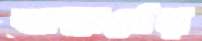
ভাস্কর্যের